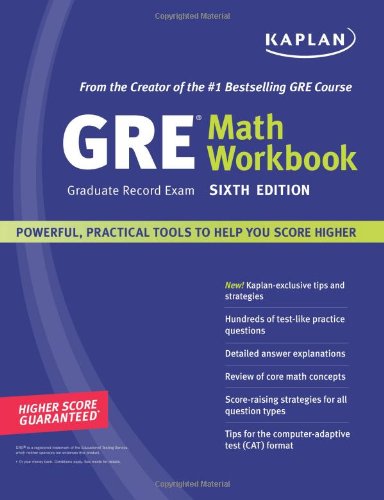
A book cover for Kaplan GRE (Graduate Record Exam) Math Workbook, Sixth Edition; Kaplan; Test Preparation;